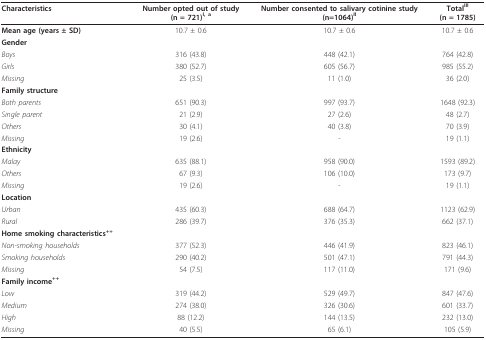
| Characteristics | Number opted out of study(n = 721)I, a | Number consented to salivary cotinine study(n=1064)II | TotalIII(n = 1785) |
 | --- | --- | --- | --- |
 | Mean age (years ± SD) | 10.7 ± 0.6 | 10.7 ± 0.6 | 10.7 ± 0.6 |
 | Gender |  |  |  |
 | Boys | 316 (43.8) | 448 (42.1) | 764 (42.8) |
 | Girls | 380 (52.7) | 605 (56.7) | 985 (55.2) |
 | Missing | 25 (3.5) | 11 (1.0) | 36 (2.0) |
 | Family structure |  |  |  |
 | Both parents | 651 (90.3) | 997 (93.7) | 1648 (92.3) |
 | Single parent | 21 (2.9) | 27 (2.6) | 48 (2.7) |
 | Others | 30 (4.1) | 40 (3.8) | 70 (3.9) |
 | Missing | 19 (2.6) | - | 19 (1.1) |
 | Ethnicity |  |  |  |
 | Malay | 635 (88.1) | 958 (90.0) | 1593 (89.2) |
 | Others | 67 (9.3) | 106 (10.0) | 173 (9.7) |
 | Missing | 19 (2.6) | - | 19 (1.1) |
 | Location |  |  |  |
 | Urban | 435 (60.3) | 688 (64.7) | 1123 (62.9) |
 | Rural | 286 (39.7) | 376 (35.3) | 662 (37.1) |
 | Home smoking characteristics++ |  |  |  |
 | Non-smoking households | 377 (52.3) | 446 (41.9) | 823 (46.1) |
 | Smoking households | 290 (40.2) | 501 (47.1) | 791 (44.3) |
 | Missing | 54 (7.5) | 117 (11.0) | 171 (9.6) |
 | Family income++ |  |  |  |
 | Low | 319 (44.2) | 529 (49.7) | 847 (47.6) |
 | Medium | 274 (38.0) | 326 (30.6) | 601 (33.7) |
 | High | 88 (12.2) | 144 (13.5) | 232 (13.0) |
 | Missing | 40 (5.5) | 65 (6.1) | 105 (5.9) |